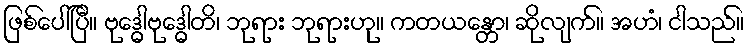
ဖြစ်ပေါ်ပြီ။ ဗုဒ္ဓေါဗုဒ္ဓေါတိ၊ ဘုရား ဘုရားဟု။ ကတယန္တော၊ ဆိုလျက်။ အဟံ၊ ငါသည်။